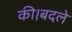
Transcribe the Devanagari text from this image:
की।बदले